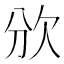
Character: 𣢏